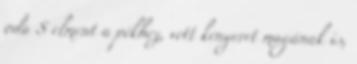
oda S elment a pékhez, vett kenyeret magának is,